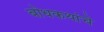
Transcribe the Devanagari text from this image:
बोधकथांचे